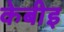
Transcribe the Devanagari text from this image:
केबीइ